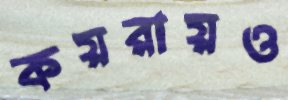
কয়রায়ও